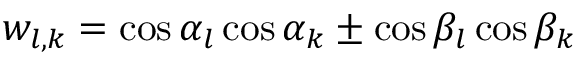
w _ { l , k } = \cos \alpha _ { l } \cos \alpha _ { k } \pm \cos \beta _ { l } \cos \beta _ { k }